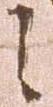
之